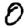
Digit: 0